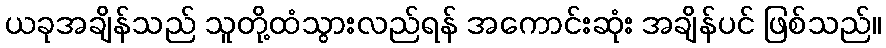
ယခုအချိန်သည် သူတို့ထံသွားလည်ရန် အကောင်းဆုံး အချိန်ပင် ဖြစ်သည်။